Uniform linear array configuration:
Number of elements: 64
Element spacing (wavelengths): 1
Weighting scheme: kaiser
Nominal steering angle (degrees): -30
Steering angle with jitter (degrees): -29.632
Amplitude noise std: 0.05
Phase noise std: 0.05

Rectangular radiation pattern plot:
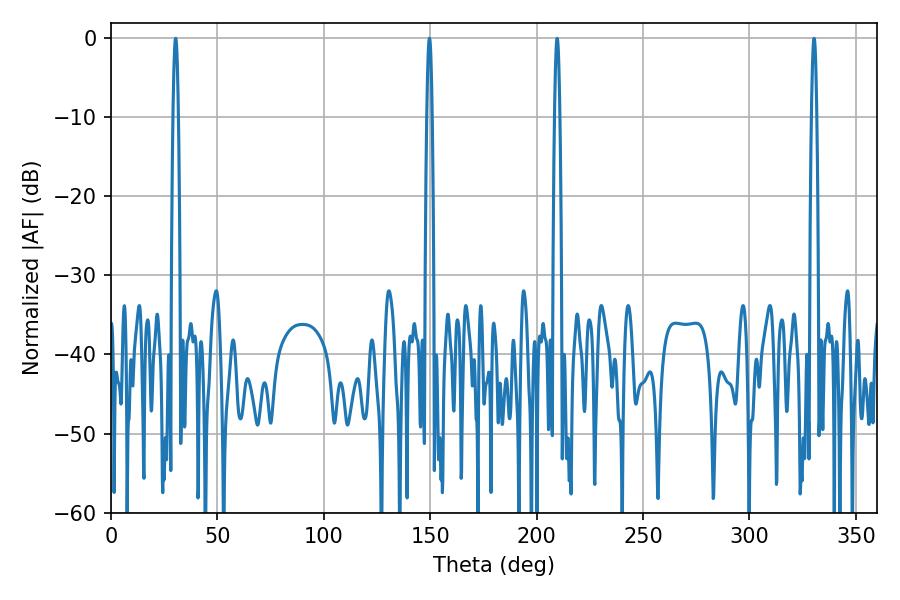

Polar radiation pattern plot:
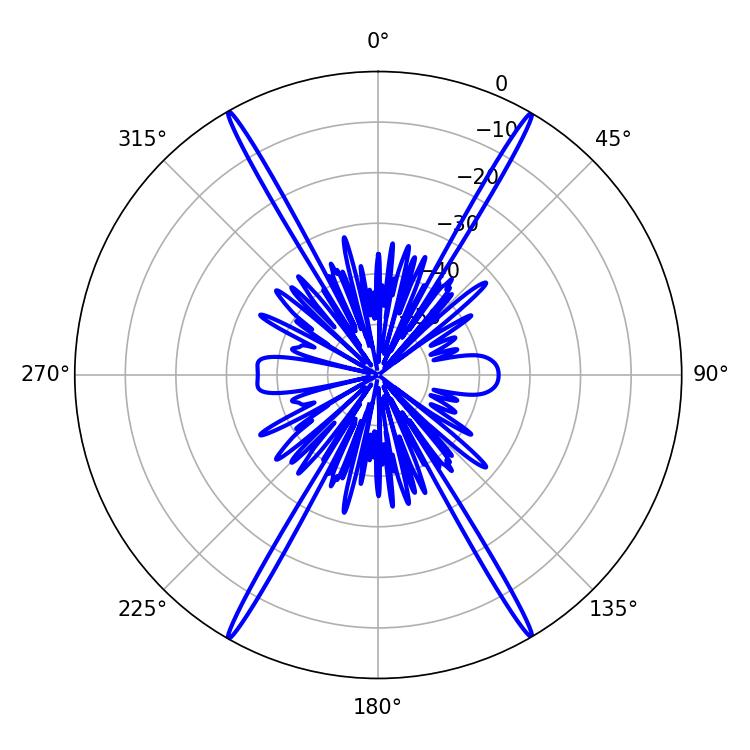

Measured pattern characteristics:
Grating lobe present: TRUE
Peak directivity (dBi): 34.181
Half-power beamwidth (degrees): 1.26
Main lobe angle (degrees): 30.42